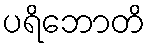
ပရိဘောတိ